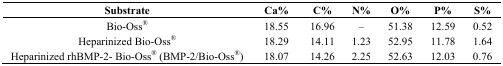
| Substrate | Ca% | C% | N% | O% | P% | S% |
 | --- | --- | --- | --- | --- | --- | --- |
 | Bio-Oss® | 18.55 | 16.96 | – | 51.38 | 12.59 | 0.52 |
 | Heparinized Bio-Oss® | 18.29 | 14.11 | 1.23 | 52.95 | 11.78 | 1.64 |
 | Heparinized rhBMP-2- Bio-Oss® (BMP-2/Bio-Oss®) | 18.07 | 14.26 | 2.25 | 52.63 | 12.03 | 0.76 |